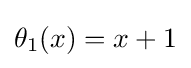
\theta _{1}(x)=x+1